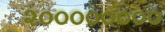
૨૦૦૦૦૦૦૦૦